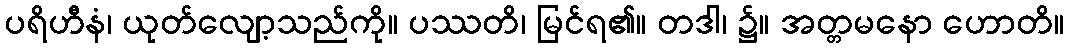
ပရိဟီနံ၊ ယုတ်လျော့သည်ကို။ ပဿတိ၊ မြင်ရ၏။ တဒါ၊ ၌။ အတ္တမနော ဟောတိ။